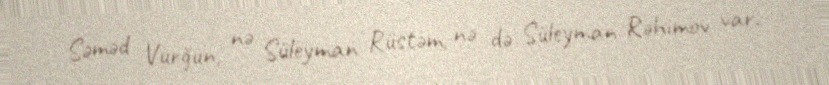
Səməd Vurğun, nə Süleyman Rüstəm, nə də Süleyman Rəhimov var.